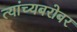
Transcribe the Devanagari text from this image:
त्यांच्यबरोबर